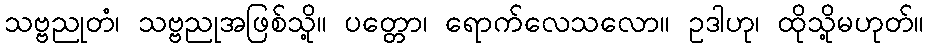
သဗ္ဗညုတံ၊ သဗ္ဗညုအဖြစ်သို့။ ပတ္တော၊ ရောက်လေသလော။ ဥဒါဟု၊ ထိုသို့မဟုတ်။